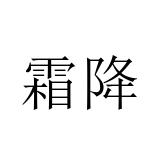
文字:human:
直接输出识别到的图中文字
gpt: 霜降